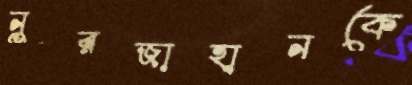
নুরজাহানকে